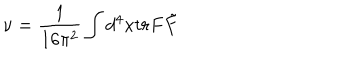
LaTeX: \nu = \frac { 1 } { 1 6 \pi ^ { 2 } } \int d ^ { 4 } x t r F \tilde { F }